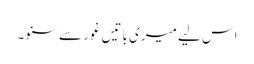
اس لیے میری باتیں غور سے سنو۔